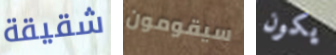
شقيقة سيقومون يكون